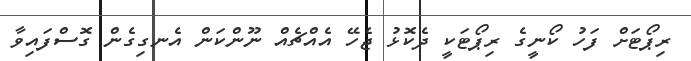
ރިޕޯޓަށް ފަހު ކޯނީގެ ރިޕޯޓަކީ ދެކޮޅު ޖެހޭ އެއްޗެއް ނޫންކަން އެނގިގެން ގޮސްފައިވާ